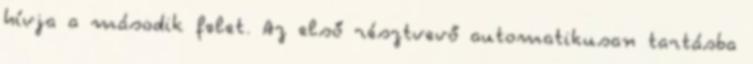
hívja a második felet. Az első résztvevő automatikusan tartásba